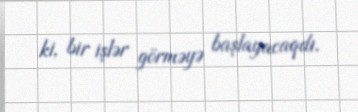
ki, bir işlər görməyə başlayacaqdı.